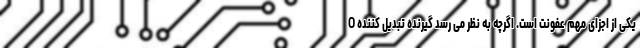
O یکی از اجزای مهم عفونت است. اگرچه به نظر می رسد گیرنده تبدیل کننده